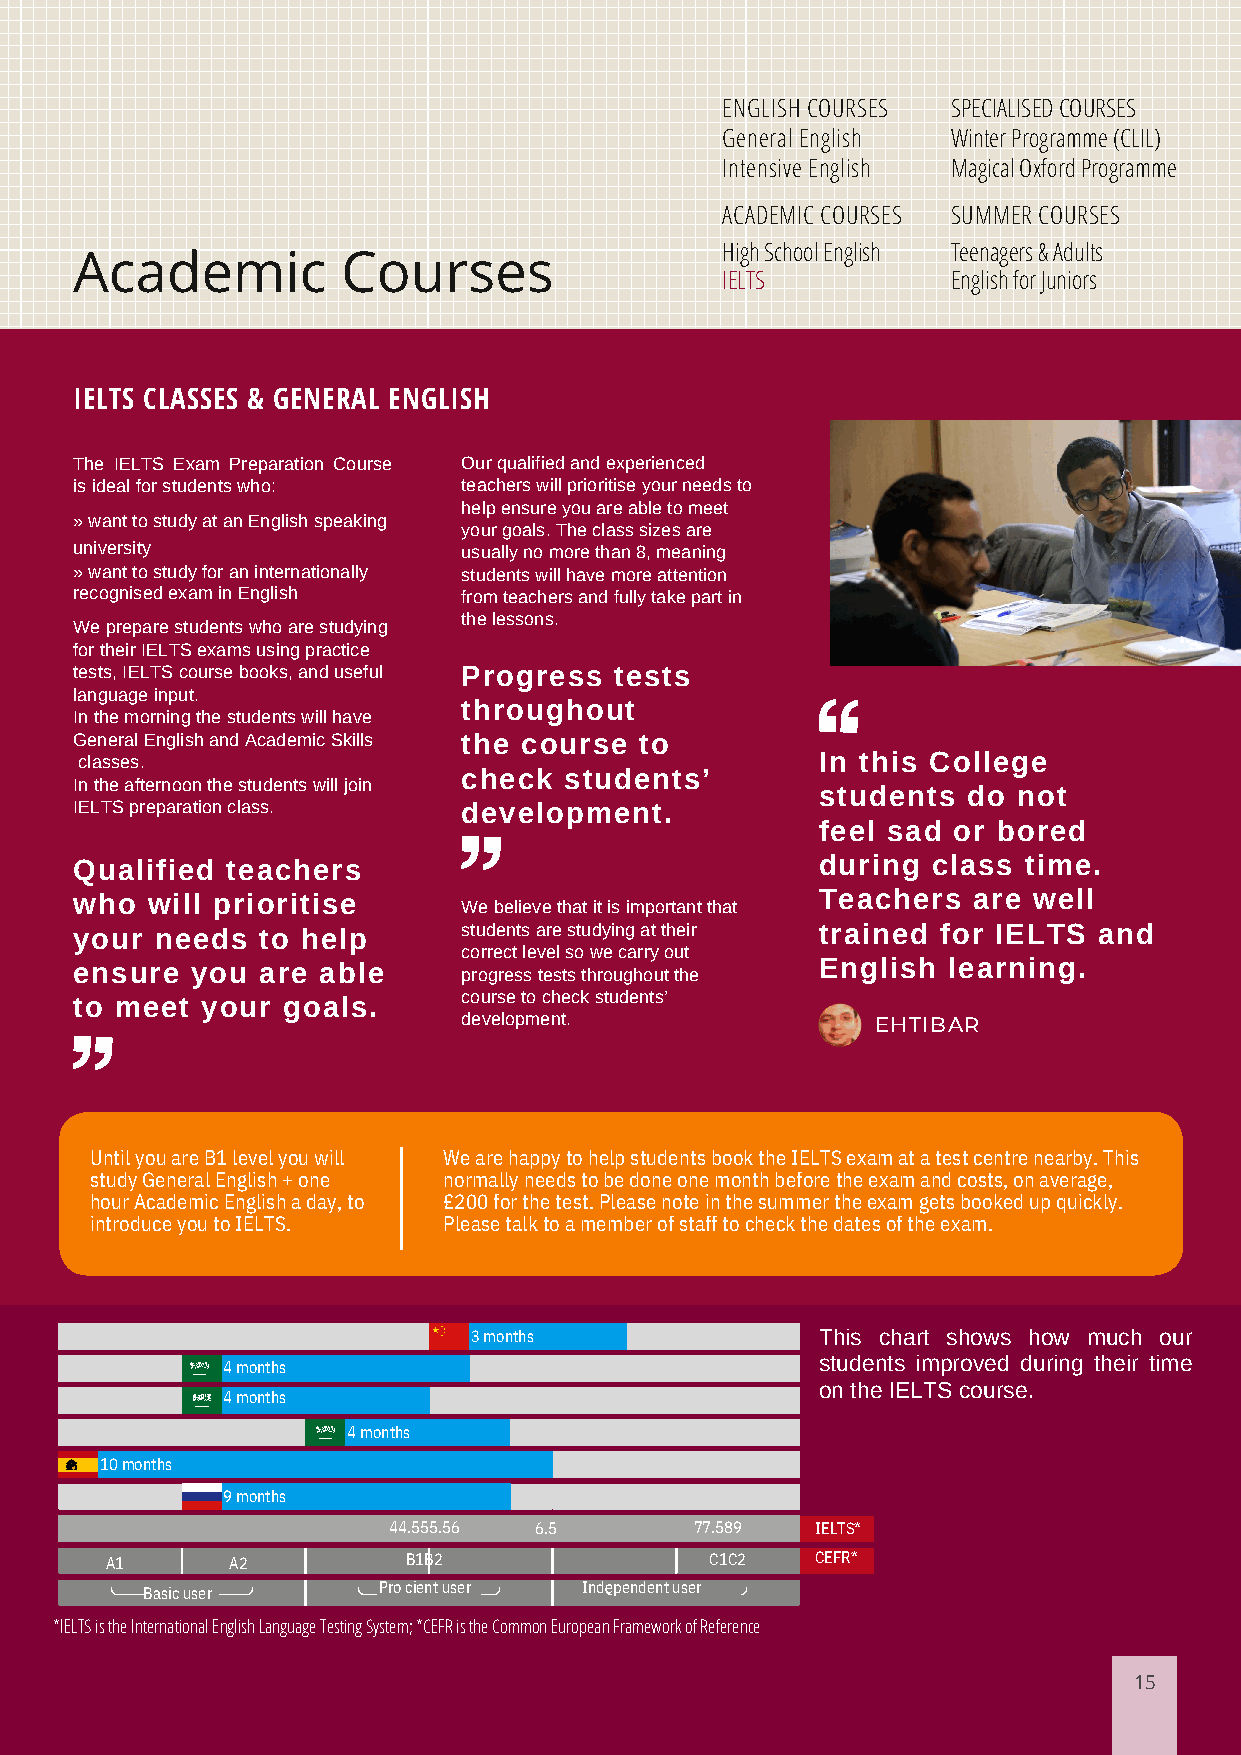
ENGLISH COURSES SPECIALISED COURSES
 General English Winter Programme (CLIL)
 Intensive English Magical Oxford Programme
 ACADEMIC COURSES SUMMER COURSES
 High School English Teenagers & Adults
 Academic          Courses
 IELTS          English for Juniors
 IELTS CLASSES & GENERAL ENGLISH
 The IELTS Exam Preparation Course Our qualified and experienced
 is ideal for students who: teachers will prioritise your needs to
 help ensure you are able to meet
 » want to study at an English speaking
 your goals. The class sizes are
 university                usually no more than 8, meaning
 » want to study for an internationally students will have more attention
 recognised exam in English from teachers and fully take part in
 the lessons.
 We prepare students who are studying
 for their IELTS exams using practice
 tests, IELTS course books, and useful Progress tests
 language input.
 throughout
 In the morning the students will have
 General English and Academic Skills the course to
 classes.                                         In this College
 check students’
 In the afternoon the students will join
 students  do not
 IELTS preparation class.  development.
 feel sad or bored
 Qualified teachers                               during  class time.
 who  will prioritise                             Teachers  are well
 We believe that it is important that
 your needs  to help       students are studying at their trained for IELTS and
 correct level so we carry out
 ensure  you are able                             English  learning.
 progress tests throughout the
 to meet your  goals.      course to check students’
 development.               EHTIBAR
 Until you are B1 level you will We are happy to help students book the IELTS exam at a test centre nearby. This
 study General English + one normally needs to be done one month before the exam and costs, on average,
 hour Academic English a day, to £200 for the test. Please note in the summer the exam gets booked up quickly.
 introduce you to IELTS. Please talk to a member of staff to check the dates of the exam.
 3 months               This chart shows how much our
 students improved during their time
 4 months
 on the IELTS course.
 4 months
 4 months
 10 months
 9 months
 44.555.56 6.5       77.589  IELTS*
 A1      A2          B1B2                C1C2   CEFR*
 Basic user      Pro cient user Independent user
 *IELTS is the International English Language Testing System; *CEFR is the Common European Framework of Reference
 15